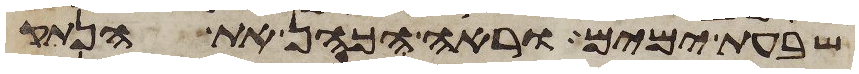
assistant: שבעת ימים וראה הכהן את הנתק